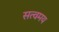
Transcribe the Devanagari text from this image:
सत्वमय